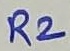
Text: R2